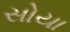
સોયા